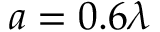
a = 0 . 6 \lambda